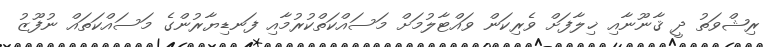
ރިޝްވަތު ދީ ޤާނޫނާއި ޚިލާފަށް ވެރިކަން ވައްޓާލުމަށް މަސައްކަތްކުރުމާއި ފަނޑިޔާރުންގެ މަސައްކަތައް ނުފޫޒު